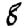
Digit: 8